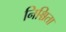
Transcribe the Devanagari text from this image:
निश्चिता